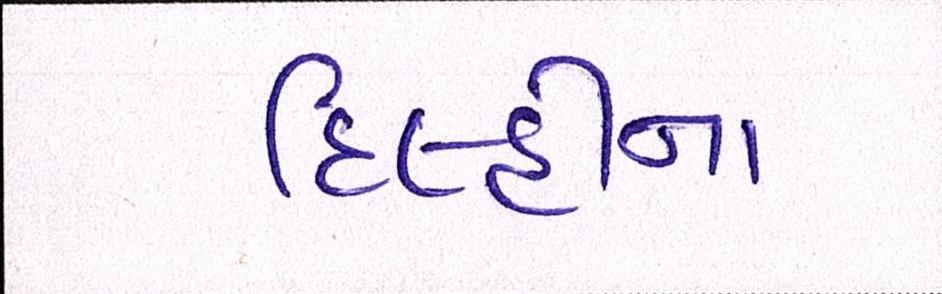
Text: દિલ્હીના